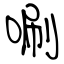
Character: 唰